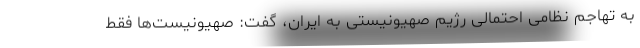
به تهاجم نظامی احتمالی رژیم صهیونیستی به ایران، گفت: صهیونیست‌ها فقط